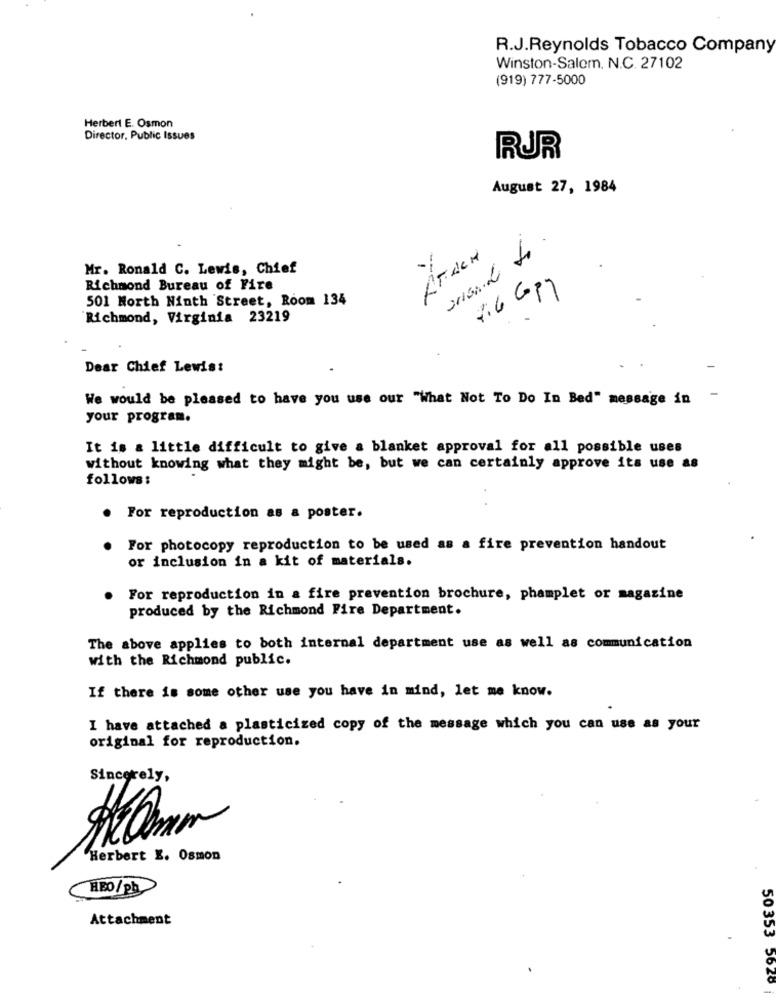
R.J.Reynolds Tobacco Company
Winston-Salem. N.C. 27102
(919) 777-5000
Herbert E. Osmon
Director, Public Issues
RUR
August 27, 1984
Mr. Ronald C. Lewis, Chief
Richmond Bureau of Fire
501 North Ninth Street, Room 134
Richmond, Virginia 23219
Dear Chief Lewis:
We would be pleased to have you use our "What Not To Do In Bed" message in
-
your program.
It is a little difficult to give a blanket approval for all possible uses
without knowing what they might be, but we can certainly approve its use as
follows:
. For reproduction as a poster.
For photocopy reproduction to be used as a fire prevention handout
or inclusion in a kit of materials.
For reproduction in a fire prevention brochure, phamplet or magazine
produced by the Richmond Fire Department.
The above applies to both internal department use as well as communication
with the Richmond public.
If there is some other use you have in mind, let me know.
I have attached a plasticized copy of the message which you can use as your
original for reproduction.
Sincerely,
Herbert E. Osmon
HBO/ ph
Attachment
50353 5626